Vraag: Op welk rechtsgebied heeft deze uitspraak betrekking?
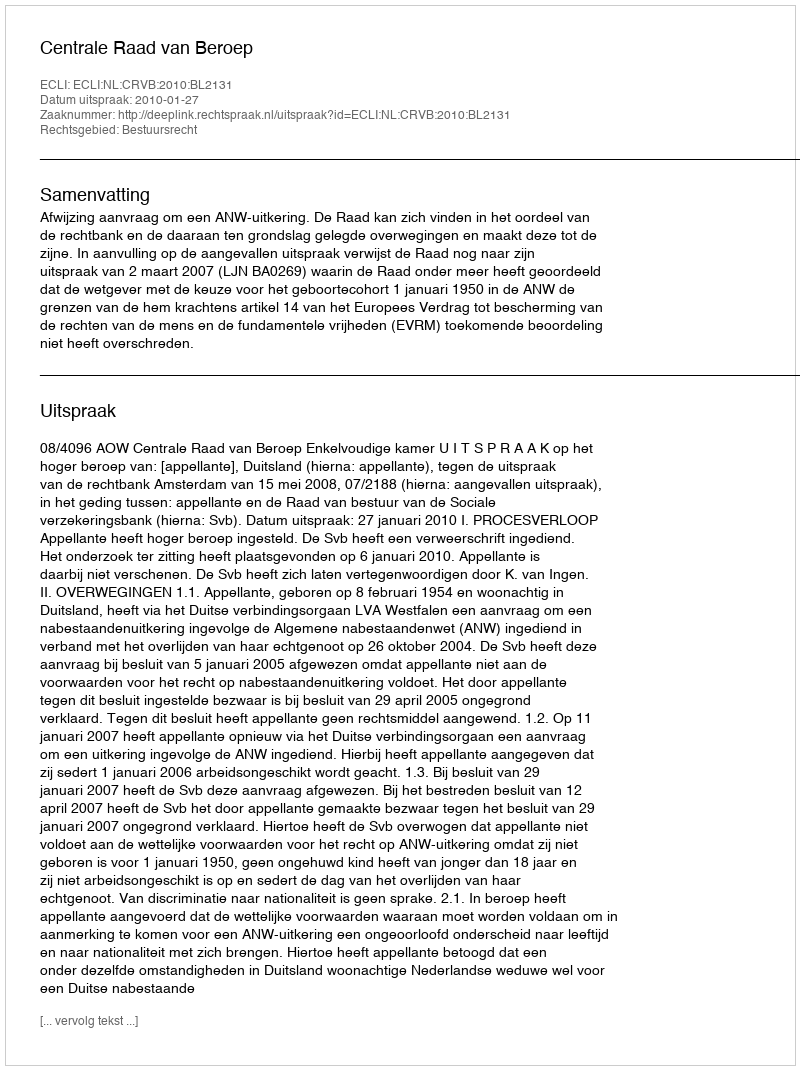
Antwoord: Bestuursrecht